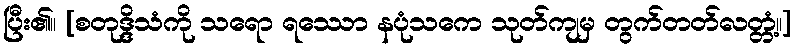
ပြီး၏။ [စတုဒ္ဒိသံကို သရော ရဿော နပုံသကေ သုတ်ကျမှ တွက်တတ်လတ္တံ့။]